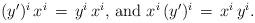
LaTeX: \begin{align*}\begin{minipage}[c]{35pc}$(y')^i\,x^i\,=\,y^i\,x^i,$ and $x^i\,(y')^i\,=\,x^i\,y^i.$\end{minipage}\end{align*}